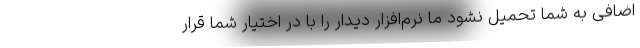
اضافی به شما تحمیل نشود ما نرم‌افزار دیدار را با در اختیار شما قرار